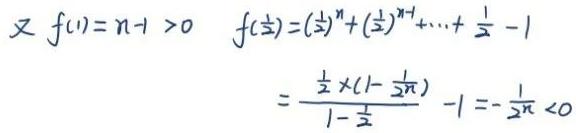
又 \(f(1)=n - 1>0\) \(f(\frac{1}{2})=(\frac{1}{2})^{n}+(\frac{1}{2})^{n - 1}+\cdots+\frac{1}{2}-1\)
\[
=\frac{\frac{1}{2}\times(1 - \frac{1}{2^{n}})}{1-\frac{1}{2}}-1=-\frac{1}{2^{n}}<0
\]